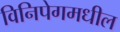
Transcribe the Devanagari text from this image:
विनिपेगमधील